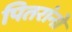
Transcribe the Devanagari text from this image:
पितरांनो